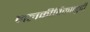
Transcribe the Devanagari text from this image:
नलकीर्तिकामुदी